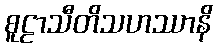
စူဠာသီတိသဟဿာနိ